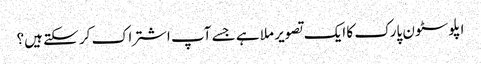
اپلوسٹون پارک کا ایک تصویر ملا ہے جسے آپ اشتراک کر سکتے ہیں؟